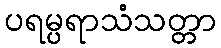
ပရမ္ပရာသံသတ္တာ